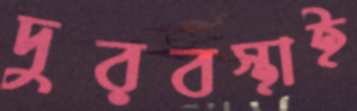
দুরবস্থাই